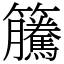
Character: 𥸎